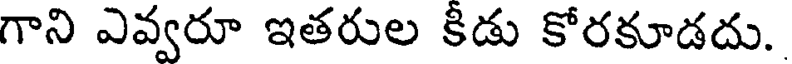
గాని ఎవ్వరూ ఇతరుల కిడు కోరకూడదు.